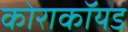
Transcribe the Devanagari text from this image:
कोराकॉयड